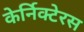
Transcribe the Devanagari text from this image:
केर्निक्टेरस